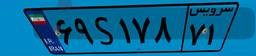
۶۹S۱۷۸۷۱